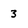
Character: 3